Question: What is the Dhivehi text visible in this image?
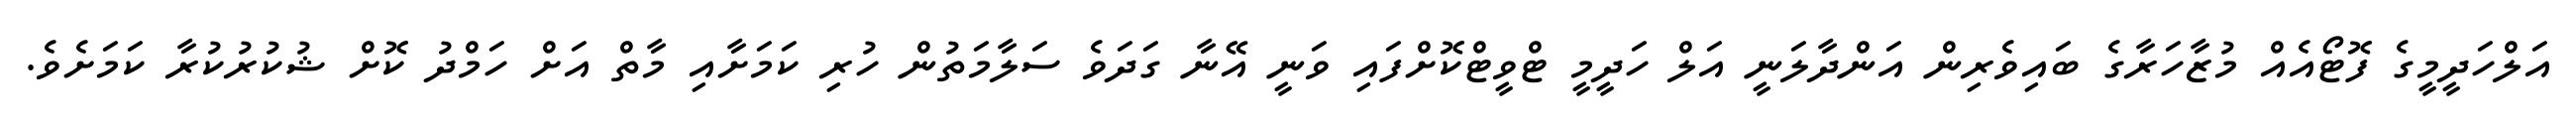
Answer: އަލްހަދީމީގެ ފޮޓޯއެއް މުޒާހަރާގެ ބައިވެރިން އަންދާލަނީ އަލް ހަދީމީ ޓްވީޓްކޮށްފައި ވަނީ އޭނާ ގަދަވެ ސަލާމަތުން ހުރި ކަމަށާއި މާތް އަށް ހަމްދު ކޮށް ޝުކުރުކުރާ ކަމަށެވެ.